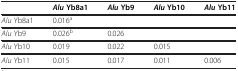
|  | Alu Yb8a1 | Alu Yb9 | Alu Yb10 | Alu Yb11 |
 | --- | --- | --- | --- | --- |
 | Alu Yb8a1 | 0.016a |  |  |  |
 | Alu Yb9 | 0.026b | 0.026 |  |  |
 | Alu Yb10 | 0.019 | 0.022 | 0.015 |  |
 | Alu Yb11 | 0.015 | 0.017 | 0.011 | 0.006 |